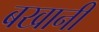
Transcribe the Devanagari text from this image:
बखानी